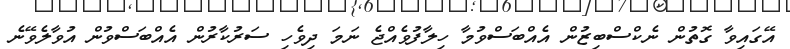
އޭގައިވާ ގޮތުން ނެކްސްބިޒުން އެއްބަސްވުމާ ހިލާފުވެއްޖެ ނަމަ ދިވެހި ސަރުކާރުން އެއްބަސްވުން އުވާލެވޭނެ